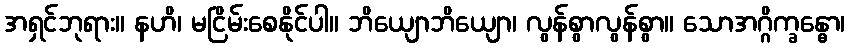
အရှင်ဘုရား။ နဟိ၊ မငြိမ်းစေနိုင်ပါ။ ဘိယျောဘိယျော၊ လွန်စွာလွန်စွာ။ သောအဂ္ဂိက္ခန္ဓော၊